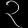
Digit: ၃